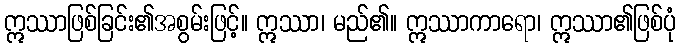
ဣဿာဖြစ်ခြင်း၏အစွမ်းဖြင့်။ ဣဿာ၊ မည်၏။ ဣဿာကာရော၊ ဣဿာ၏ဖြစ်ပုံ